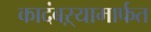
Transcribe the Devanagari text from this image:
कादंबऱ्यामार्फत